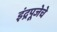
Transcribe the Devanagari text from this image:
इंद्रपूजेचे